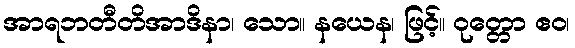
အာရဘတီတိအာဒိနာ၊ သော။ နယေန၊ ဖြင့်။ ဝုတ္တော ဧဝ၊